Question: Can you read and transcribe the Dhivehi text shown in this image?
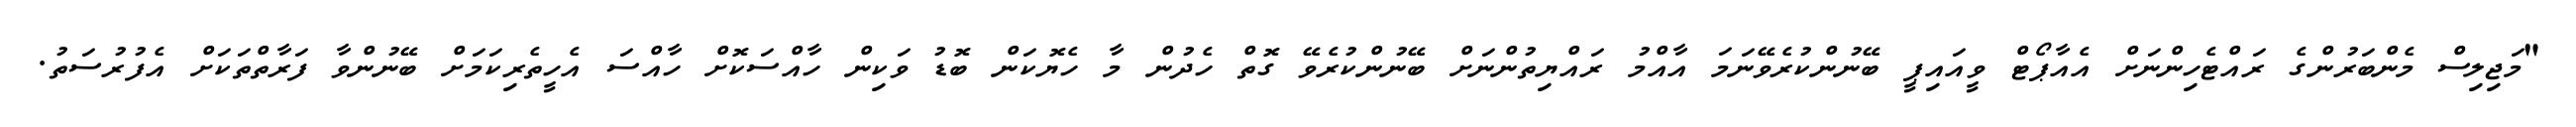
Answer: "މަޖިލިސް މެންބަރުންގެ ރައްޓެހިންނަށް އެއާޕޯޓް ވީއައިޕީ ބޭނުންކުރެވޭނަމަ އާއްމު ރައްޔިތުންނަށް ބޭނުންކުރެވޭ ގޮތް ހެދުން މާ ހެޔޮކަން ބޮޑު ވަކިން ހާއްސަކޮށް ހާއްސަ އެހީތެރިކަމަށް ބޭނުންވާ ފަރާތްތަކަށް އެފުރުސަތު.